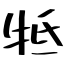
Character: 牴